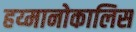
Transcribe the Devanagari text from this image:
हय्मानोकालिस